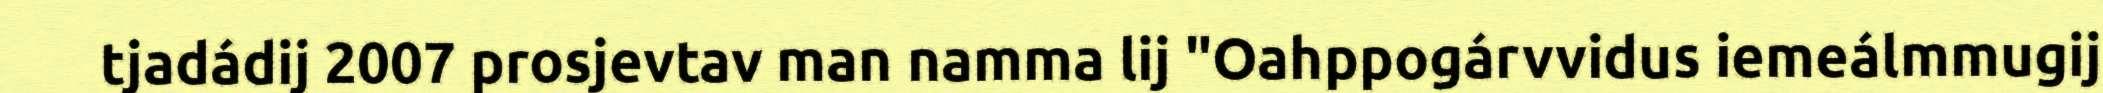
tjadádij 2007 prosjevtav man namma lij "Oahppogárvvidus iemeálmmugij